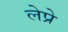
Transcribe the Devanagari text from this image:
लेप्रे